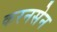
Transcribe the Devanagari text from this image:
करनसेन